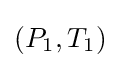
(P_{1},T_{1})